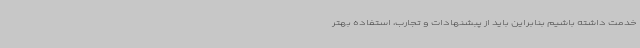
خدمت داشته باشیم بنابراین باید از پبشنهادات و تجارب، استفاده بهتر